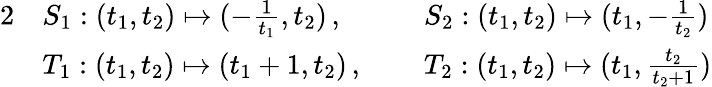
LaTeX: \begin{array}{rlrl}{{2}}&{S_{1}:(t_{1},t_{2})\mapsto(-\frac{1}{t_{1}},t_{2})\, ,\; }&&{S_{2}:(t_{1},t_{2})\mapsto(t_{1},-\frac{1}{t_{2}})}\\ &{T_{1}:(t_{1},t_{2})\mapsto(t_{1}+1,t_{2})\, ,\; }&&{T_{2}:(t_{1},t_{2})\mapsto(t_{1},\frac{t_{2}}{t_{2}+1})}\end{array}